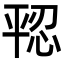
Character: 𪪄